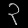
Digit: ၃